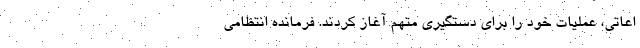
اعاتی، عملیات خود را برای دستگیری متهم آغاز کردند. فرمانده انتظامی